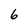
Character: 6